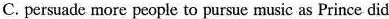
C. persuade more people to pursue music as Prince did